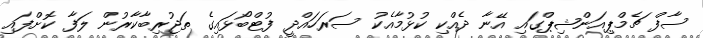
ސާފް ޗެމްޕިއަންޝިޕްގައި އޭނާ ދެއްކި ކުޅުމާއެކު ސަރަހައްދީ ފުޓްބޯޅައިގެ ތަޖުރިބާކާރުން ލަފާ ކޮށްފައި